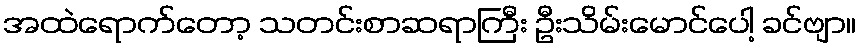
အထဲရောက်တော့ သတင်းစာဆရာကြီး ဦးသိမ်းမောင်ပေါ့ ခင်ဗျာ။